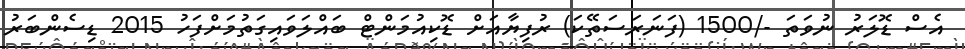
އެސް ޑޮލަރު ނުވަތަ -/1500 (ފަނަރަސަތޭކަ) ރުފިޔާއަށް ޑޮކިއުމަންޓް ބައްލަވައިގަތުމަށްފަހު 2015 ޑިސެންބަރު